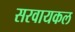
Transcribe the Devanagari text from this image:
सरवायकल